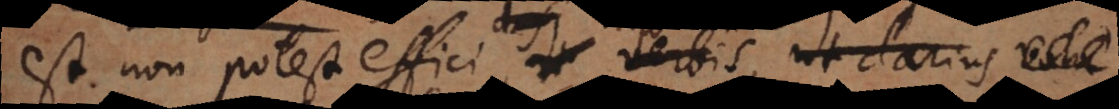
est non potest effici, ut verbis, ut clarius